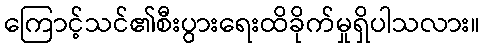
ကြောင့်သင်၏စီးပွားရေးထိခိုက်မှုရှိပါသလား။